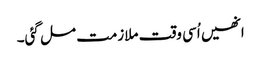
انھیں اُسی وقت ملازمت مل گئی۔